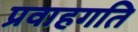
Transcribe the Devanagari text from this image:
प्रवाहगति